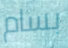
بسام